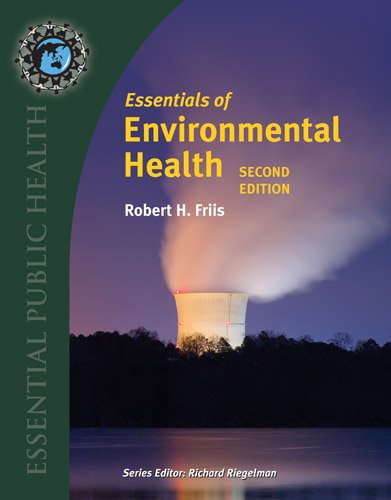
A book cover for Essentials Of Environmental Health (Essential Public Health); Robert H. Friis; Medical Books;